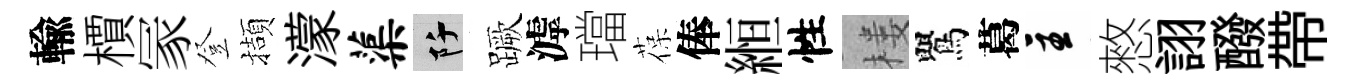
輸檟冡登擷濛蕖阡蹶滹璫葆俸縆性楼鸎葛主憗詡醱帶